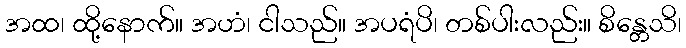
အထ၊ ထို့နောက်။ အဟံ၊ ငါသည်။ အပရံပိ၊ တစ်ပါးလည်း။ စိန္တေသိ၊